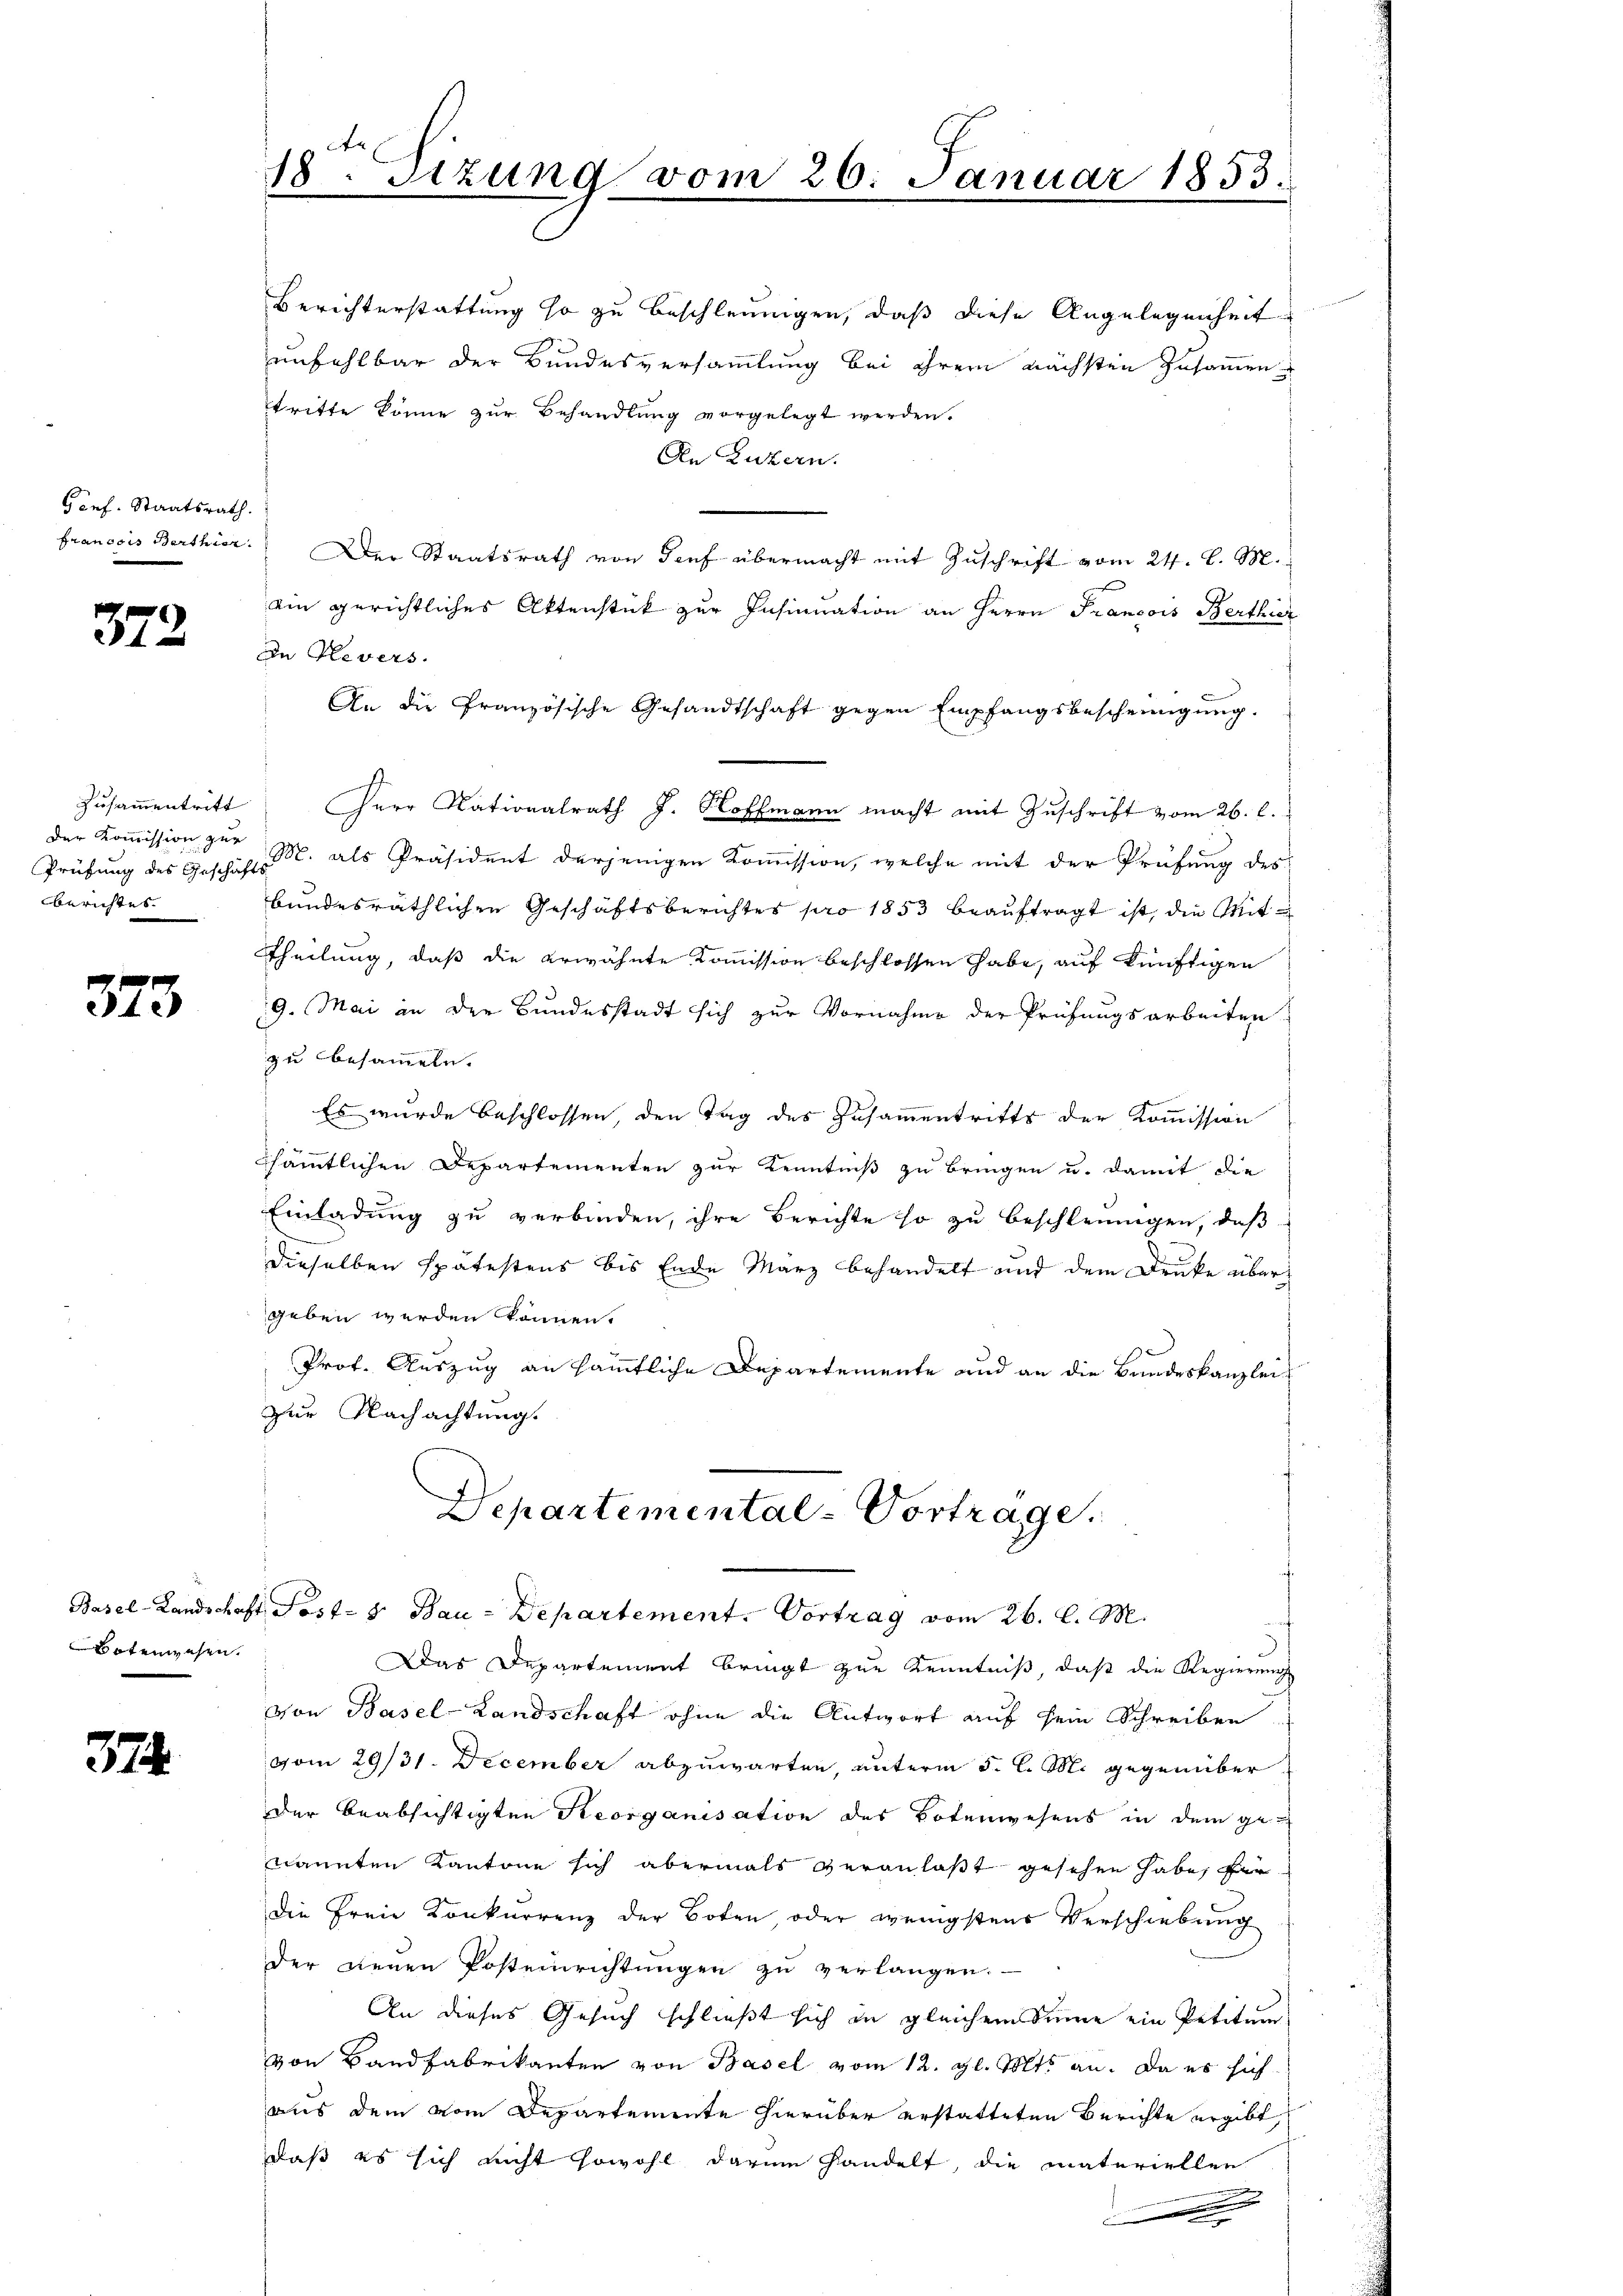
Genf. Staatsrath.
Francois Barthier

372

Zusammentritt
der Kommission zur
Prüfung des Geschäfts
Berichtes.

373

Botenwesen.

374.

18. Sitzung vom 26. Januar 1853.

Berichterstattung so zu beschleunigen, daß diese Angelegenheit
unfehlbar der Bundesversammlung bei ihrem nächsten Zusammentritte könne zur Behandlung vorgelegt werden.
An Luzern.
Der Staatsrath von Tief übermacht mit Zuschrift vom 24. d. M.
ein gerichtliches Aktenstück zur Insinuation an Herrn Francois Berthier
In Plevers.
An die Französische Gesandtschaft gegen Empfangsbescheinigung.
Herr Nationalrath J. Hoffmann macht mit Zuschrift vom 26. l.
M. als Präsident derjenigen Kommission, welche mit der Prüfung des
bundesräthlichen Geschäftsberichtes pro 1853 beauftragt ist, die Mit¬
Theilung, daß die erwähnte Kommission beschlossen habe, auf künftigen
9. Mai in der Bundesstadt sich zur Vornahme der Prüfungsarbeiten
zu besammeln.
Es wurde beschlossen, den Tag des Zusammentritts der Kommission
sämmtlichen Departementen zur Kenntniß zu bringen u. damit die
Einladung zu verbinden, ihre Berichte so zu beschleunigen, daß
dieselben spätestens bis Ende März behandelt und dem Druke über
geben werden können.
Prof. Auszug an sämmtliche Departemente und an die Bundeskanzleis
zur Nachachtung.
Departemental-Vortrage.

Basel-Landschaft Post- & Bau-Departement. Vortrag vom 26. l. M.

Das Departement bringt zur Kenntniß, daß die Regierung
von Basel-Landschaft ohne die Antwort auf sein Schreiben
vom 29/31. December abzuwarten, unterm 5. l. M. gegenüber-
der beabsichtigten Reorganisation des Botenwesens in dem genannten Kantone sich abermals veranlaßt gesehen habe, für
Die Freie Konkurrenz der Boten oder wenigstens Verschiebung
der neuen Postenrichtungen zu verlangen.
An dieses Gesuch schließt sich in gleichem Sinne ein Petitum
von Bandfabrikanten von Basel vom 12. gl. Volts an. Da es sich
aus dem vom Departemente hierüber erstatteten Berichte ergibt
daß es sich nicht sowohl darum handelt, die materiellen
e
.